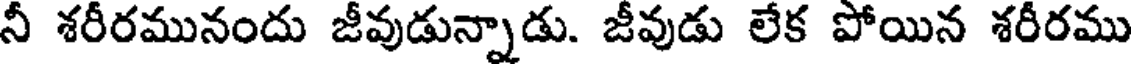
నీ శరీరమునందు జీవుడున్నాడు. జీవుడు లేక పోయిన శరీరము